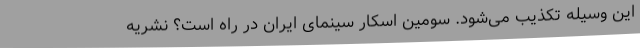
این وسیله تکذیب می‌شود. سومین اسکار سینمای ایران در راه است؟ نشریه